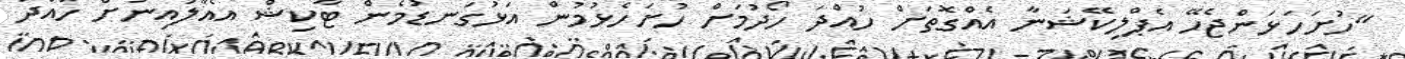
"ހުށަހަޅަންޖެހޭ އެޕްލިކޭޝަނާ އެއްގޮތަށް ހުއްދަ ހޯދުމަށް ހުށަހެޅުމުން އަޅުގަނޑުމެން ޓާކިޝް އެއާލައިނަށް ހުއްދަ